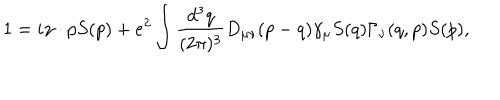
1 = i \gamma \cdot p S ( p ) + e ^ { 2 } \int \frac { d ^ { 3 } q } { ( 2 \pi ) ^ { 3 } } D _ { \mu \nu } ( p - q ) \gamma _ { \mu } S ( q ) \Gamma _ { \nu } ( q , p ) S ( p ) ,